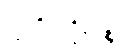
ဉာတိရက္ခိတဉ္စ